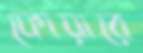
ফোয়ারে